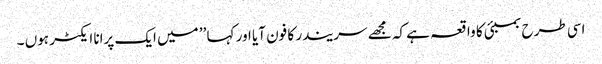
اسی طرح بمبئی کا واقعہ ہے کہ مجھے سریندر کا فون آیا اور کہا ’’ میں ایک پرانا ایکٹر ہوں ۔